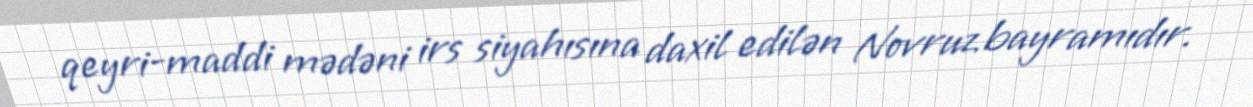
qeyri-maddi mədəni irs siyahısına daxil edilən Novruz bayramıdır.